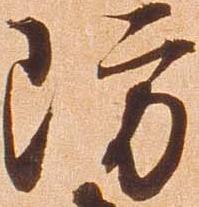
防